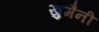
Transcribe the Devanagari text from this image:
खु़मैनी